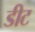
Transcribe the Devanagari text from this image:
डीट